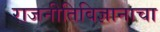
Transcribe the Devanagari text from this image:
राजनीतिविज्ञानाचा